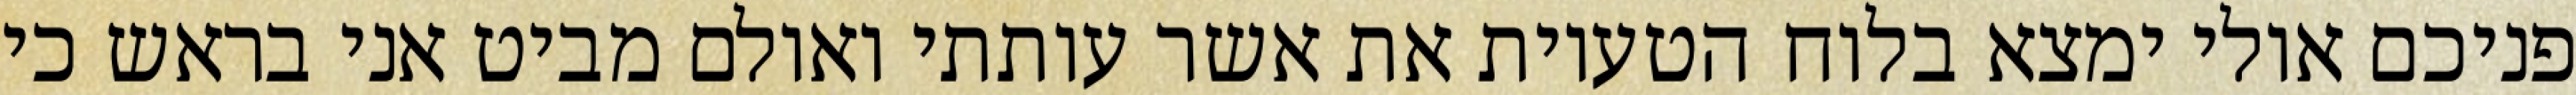
פניכם אולי ימצא בלוח הטעיות את אשר עותתי ואולם מביט אני בראש כי